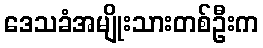
ဒေသခံအမျိုးသားတစ်ဦးက